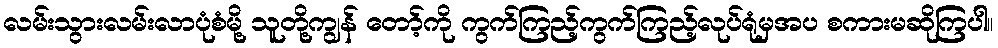
လမ်းသွားလမ်းလာပုံစံမို့ သူတို့ကျွန် တော့်ကို ကွက်ကြည့်ကွက်ကြည့်လုပ်ရုံမှအပ စကားမဆိုကြပါ။